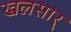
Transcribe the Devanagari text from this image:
खलसार्